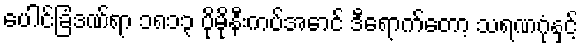
ပေါင်ခြံဒဏ်ရာ ၁၈၁၃ ပိုမိုနီးကပ်အောင် ဒီရောက်တော့ သရဏဂုံနှင့်